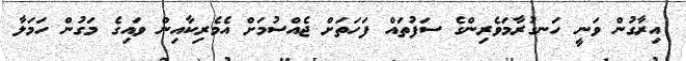
އިރާގުން ވަނީ ހަނގުރާމަވެރިންގެ ސަފުތައް ފަހަތަށް ޖެއްސުމަށް އެމެރިކާއިން ވައިގެ މަގުން ހަމަލާ